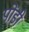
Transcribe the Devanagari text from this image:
पोंडी